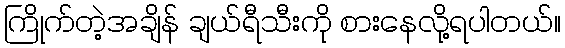
ကြိုက်တဲ့အချိန် ချယ်ရီသီးကို စားနေလို့ရပါတယ်။